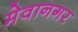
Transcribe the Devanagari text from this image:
मेवानगर